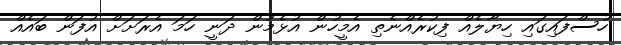
ހުސްފައިގައި ހިޔާލެއް ފިކުރެއްނެތި އެމީހުން އުޅެމުން ދަނީ ހަމަ އެރަށަށް އުފަން ބައެއް